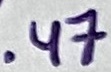
Text: .47